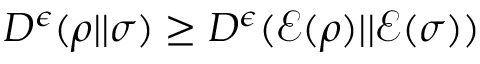
D ^ { \epsilon } ( \rho | | \sigma ) \geq D ^ { \epsilon } ( { \mathcal { E } } ( \rho ) | | { \mathcal { E } } ( \sigma ) )